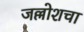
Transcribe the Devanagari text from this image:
जल्लोशचा